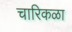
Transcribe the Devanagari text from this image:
चारिकळा